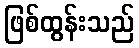
ဖြစ်ထွန်းသည်